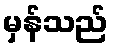
မှန်သည်